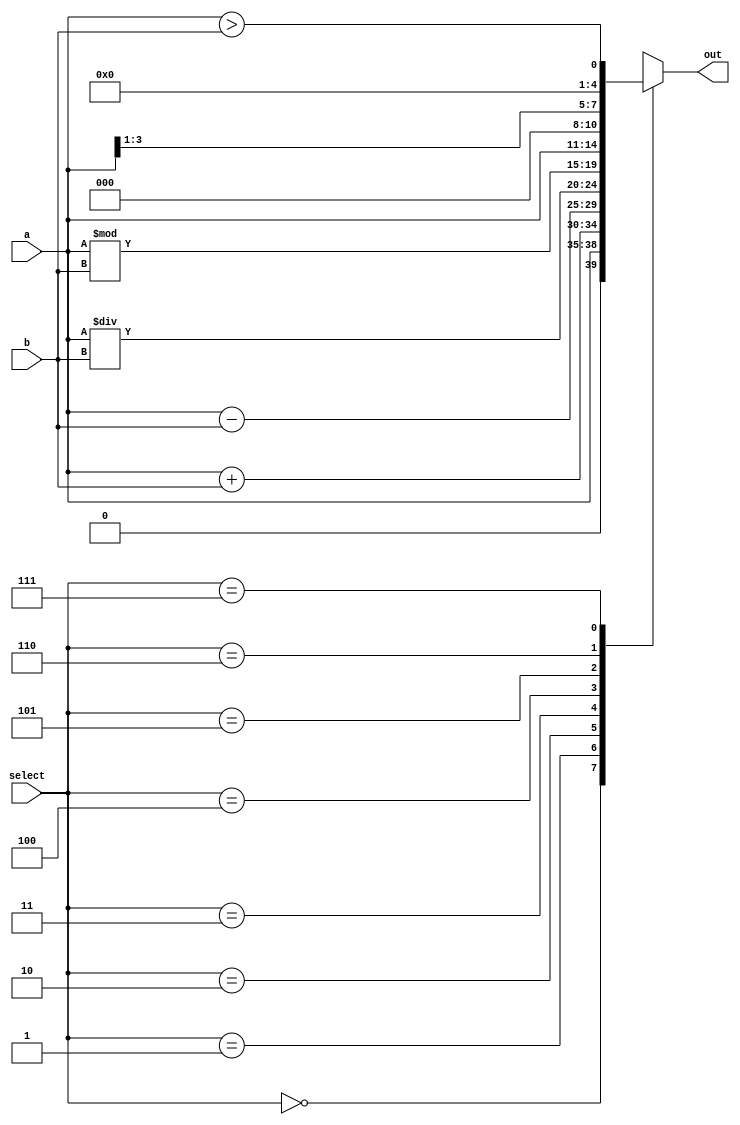
`define NOP 3'b000
`define ADD 3'b001
`define SUB 3'b010
`define DIV 3'b011
`define REM 3'b100
`define SHIFT_LEFT 3'b101
`define SHIFT_RIGHT 3'b110
`define MAG_COMP 3'b111

module alu (a,b,select,out);
input [3:0] a,b;
input [2:0] select;
output [4:0] out;
reg [4:0] out;

always @ (*)
begin
case(select)
	`NOP:  out = {1'b0,a}; 
	`ADD:  out = a + b;
	`SUB:  out = a - b;
	`DIV:  out = a / b;
	`REM:  out = a % b;
	`SHIFT_LEFT:  out = a << 1;
	`SHIFT_RIGHT:  out = a >> 1;
	`MAG_COMP:  out = (a > b);
endcase
end
endmodule